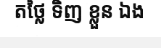
តថ្លៃ ទិញ ខ្លួន ឯង